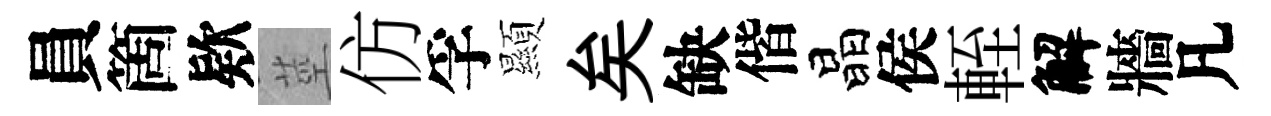
員箇欵莖仿孚顯矣缺偕晶侯輊解牆凡